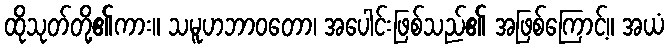
ထိုသုတ်တို့၏ကား။ သမူဟဘာဝတော၊ အပေါင်းဖြစ်သည်၏ အဖြစ်ကြောင့်။ အယံ